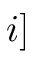
i ]